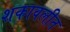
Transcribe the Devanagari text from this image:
शकावलीत